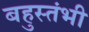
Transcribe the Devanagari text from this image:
बहुस्तंभी